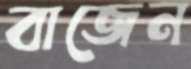
বাজেন